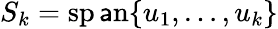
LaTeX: S_{k}=\operatorname{sp\mathsf{a}n}\{ u_{1},\ldots,u_{k}\}